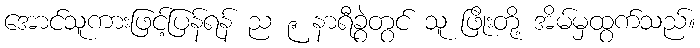
အောင်သူကားဖြင့်ပြန်ရန် ည ၉ နာရီခွဲတွင် သူ ဖြိုးတို့ အိမ်မှထွက်သည်။